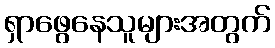
ရှာဖွေနေသူများအတွက်